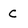
Character: c